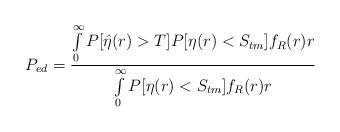
LaTeX: \begin{align*}P_{ed}=\frac{\int\limits_{0}^{\infty}P[\hat{\eta}(r)>T]P[\eta(r)<S_{tm}]f_R(r)r}{\int\limits_{0}^{\infty}P[\eta(r)<S_{tm}]f_R(r)r}\end{align*}